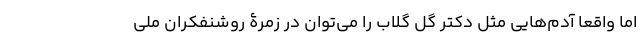
اما واقعا آدم‌هایی مثل دکتر گل گلاب را می‌توان در زمرۀ روشنفکران ملی